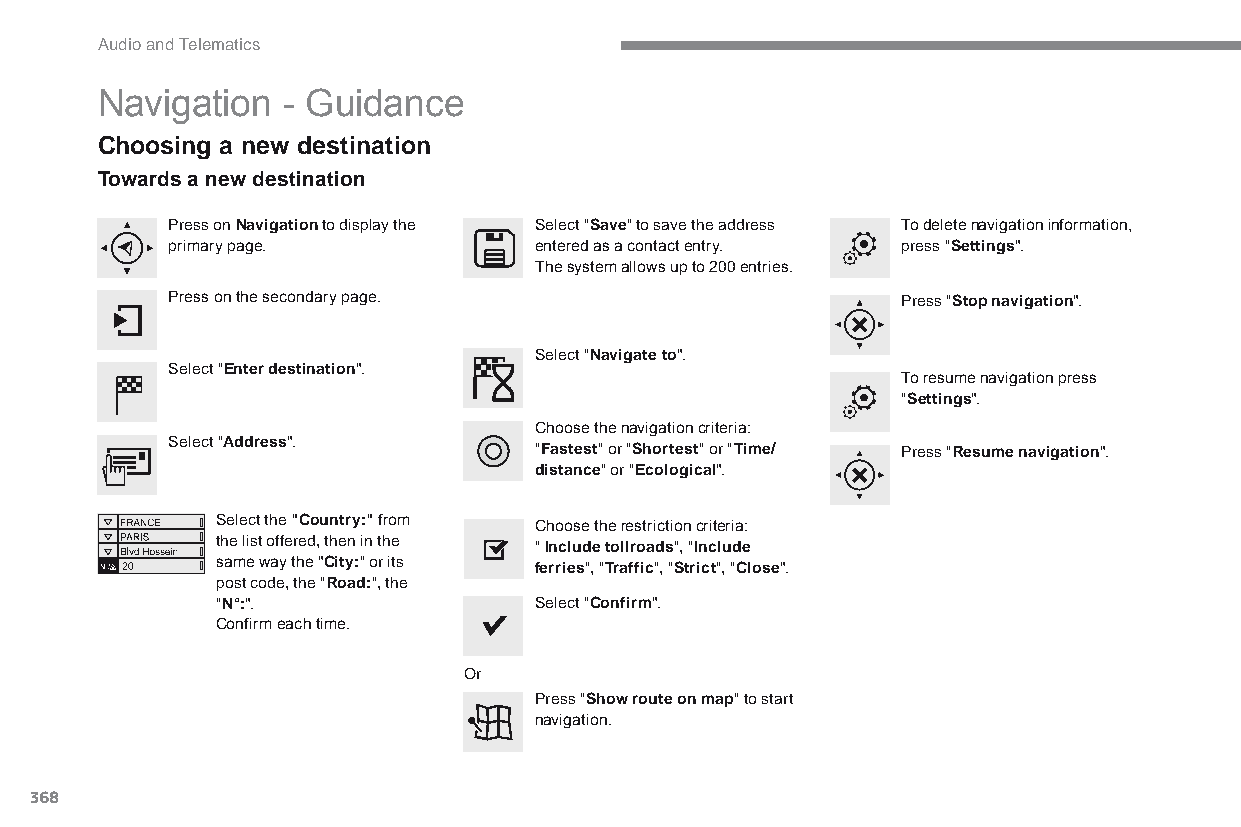
Audio and Telematics
 Navigation   - Guidance
 Choosing a new destination
 Towards a new destination
 Press on Navigation to display the Select "Save" to save the address To delete navigation information,
 primary page.           entered as a contact entry. press "Settings".
 The system allows up to 200 entries.
 Press on the secondary page.                     Press "Stop navigation".
 Select "Navigate to".
 Select "Enter destination".
 To resume navigation press
 "Settings".
 Choose the navigation criteria:
 Select "Address".
 "Fastest" or "Shortest" or "Time/ Press "Resume navigation".
 distance" or "Ecological".
 Select the "Country:" from Choose the restriction criteria:
 the list offered, then in the " Include tollroads", "Include
 same way the "City:" or its ferries", "Traffic", "Strict", "Close".
 post code, the "Road:", the
 "N°:".               Select "Confirm".
 Confirm each time.
 or
 Press "Show route on map" to start
 navigation.
 368
 C4-Picasso-II_en_Chap10b_SMEGplus_ed01-2015